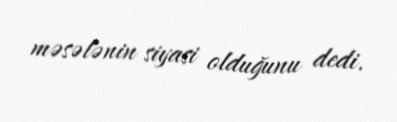
məsələnin siyasi olduğunu dedi.